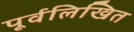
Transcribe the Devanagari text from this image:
पूर्वलिखित